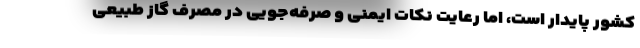
کشور پایدار است، اما رعایت نکات ایمنی و صرفه‌جویی در مصرف گاز طبیعی